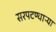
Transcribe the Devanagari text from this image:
सरपटण्याऱ्या